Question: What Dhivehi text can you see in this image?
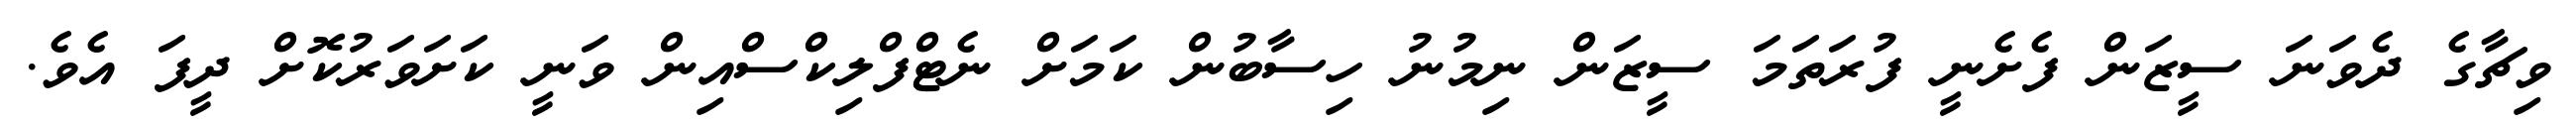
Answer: ވިޗާގެ ދެވަނަ ސީޒަން ފެށެނީ ފުރަތަމަ ސީޒަން ނިމުނު ހިސާބުން ކަމަށް ނެޓްފްލިކްސްއިން ވަނީ ކަށަވަރުކޮށް ދީފަ އެވެ.